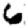
Digit: 6